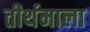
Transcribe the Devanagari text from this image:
तीर्थमाला